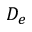
D _ { e }